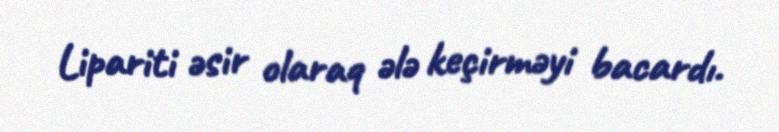
Lipariti əsir olaraq ələ keçirməyi bacardı.